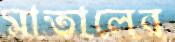
মাতালের